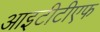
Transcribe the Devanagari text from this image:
आइटीटीएफ